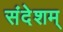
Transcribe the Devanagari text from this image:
संदेशम्